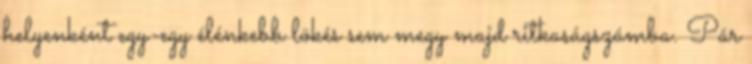
helyenként egy-egy élénkebb lökés sem megy majd ritkaságszámba. Pár